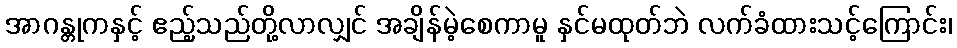
အာဂန္တုကနှင့် ဧည့်သည်တို့လာလျှင် အချိန်မဲ့စေကာမူ နှင်မထုတ်ဘဲ လက်ခံထားသင့်ကြောင်း၊